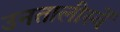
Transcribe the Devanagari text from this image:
उनतालीस्वें